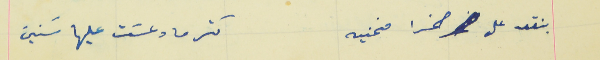
بنقعد على صخرا منحنيه                                              كتر ما دعسَت عليها سَنين